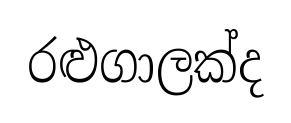
රළුගාලක්ද